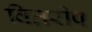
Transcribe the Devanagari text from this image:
वितरीप